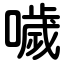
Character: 噦